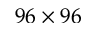
9 6 \times 9 6